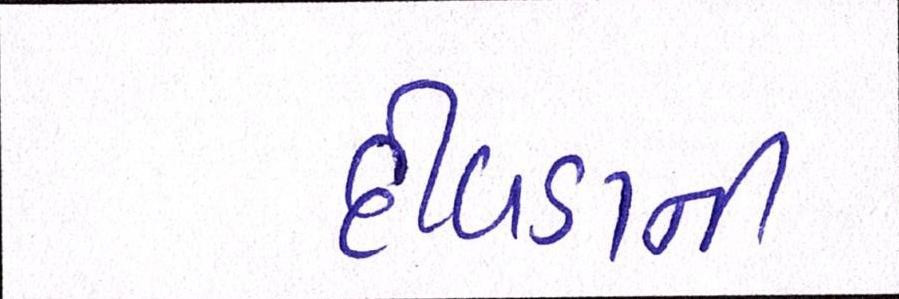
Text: દીવડાની